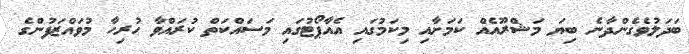
ބަދަލުވެގެންދާނެ ބިޔަ މަޝްރޫއެއް ކަމަށާއި މިކަމުގައި އެއާޕޯޓުގައި މަސައްކަތް ކުރައްވާ ހުރިހާ މުވައްޒަފުންގެ